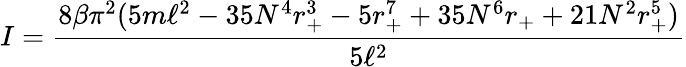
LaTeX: I=\frac{8\beta\pi^{2}(5m\ell^{2}-35N^{4}r_{+}^{3}-5r_{+}^{7}+35N^{6}r_{+}+21N^{2}r_{+}^{5})}{5\ell^{2}}